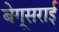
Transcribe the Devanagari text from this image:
बेगूसराई